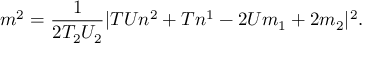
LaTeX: m ^ { 2 } = \frac { 1 } { 2 T _ { 2 } U _ { 2 } } | T U n ^ { 2 } + T n ^ { 1 } - 2 U m _ { 1 } + 2 m _ { 2 } | ^ { 2 } .